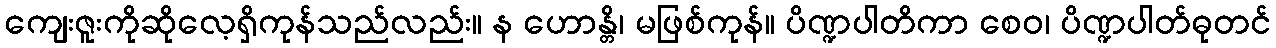
ကျေးဇူးကိုဆိုလေ့ရှိကုန်သည်လည်း။ န ဟောန္တိ၊ မဖြစ်ကုန်။ ပိဏ္ဍပါတိကာ စေဝ၊ ပိဏ္ဍပါတ်ဓုတင်